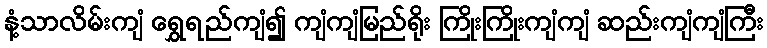
နံ့သာလိမ်းကျံ ရွှေရည်ကျံ၍ ကျံကျံမြည်ရိုး ကြိုးကြိုးကျံကျံ ဆည်းကျံကျံကြီး